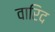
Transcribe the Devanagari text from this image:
वारिद